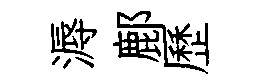
溽鄜歷